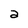
Character: a